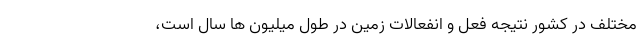
مختلف در کشور نتیجه فعل و انفعالات زمین در طول میلیون ها سال است،